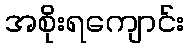
အစိုးရကျောင်း